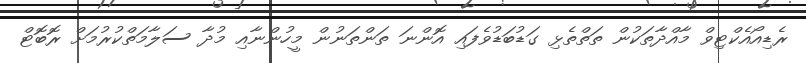
ރެޑިއޯއެކްޓިވް މާއްދާތަކުން ތަތްތެޅި ގަޑުބަޑުވެފައި އޮންނަ ތަންތަނުން މީހުންނާއި މުދާ ސަލާމަތްކުރުމަށް ރޮބޮޓް